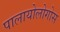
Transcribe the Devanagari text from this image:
पालायोलोगोस